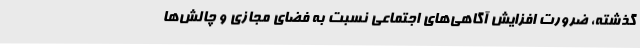
گذشته، ضرورت افزایش آگاهی‌های اجتماعی نسبت به فضای مجازی و چالش‌ها